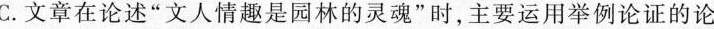
C.文章在论述“文人情趣是园林的灵魂”时,主要运用举例论证的论证